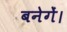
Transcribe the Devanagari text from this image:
बनेगें।